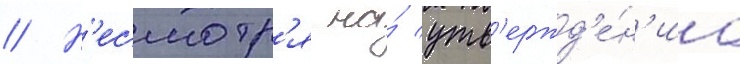
// Н'есмотр'я на́ утв'ержд'е́н'иа